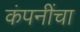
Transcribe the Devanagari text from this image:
कंपनींचा